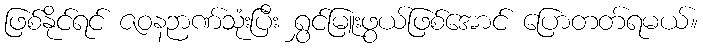
ဖြစ်နိုင်ရင် ဇဝနဉာဏ်သုံးပြီး ရွှင်မြူးဖွယ်ဖြစ်အောင် ပြောတတ်ရမယ်။